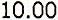
10.00